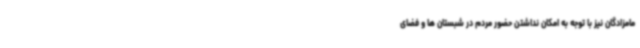
مامزادگان نیز با توجه به امکان نداشتن حضور مردم در شبستان ها و فضای